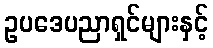
ဥပဒေပညာရှင်များနှင့်